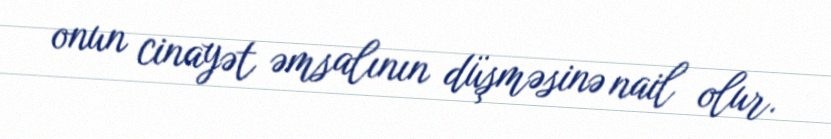
onun cinayət əmsalının düşməsinə nail olur.